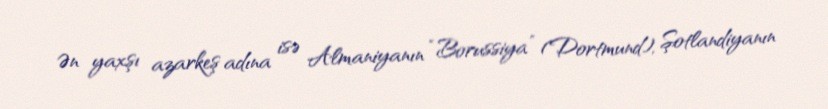
Ən yaxşı azarkeş adına isə Almaniyanın “Borussiya” (Dortmund), Şotlandiyanın